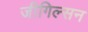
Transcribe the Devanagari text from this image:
जीगिल्सन